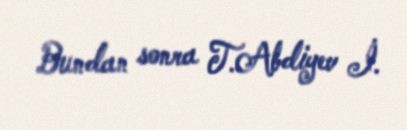
Bundan sonra T.Abdiyev İ.